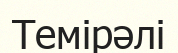
Темірәлі